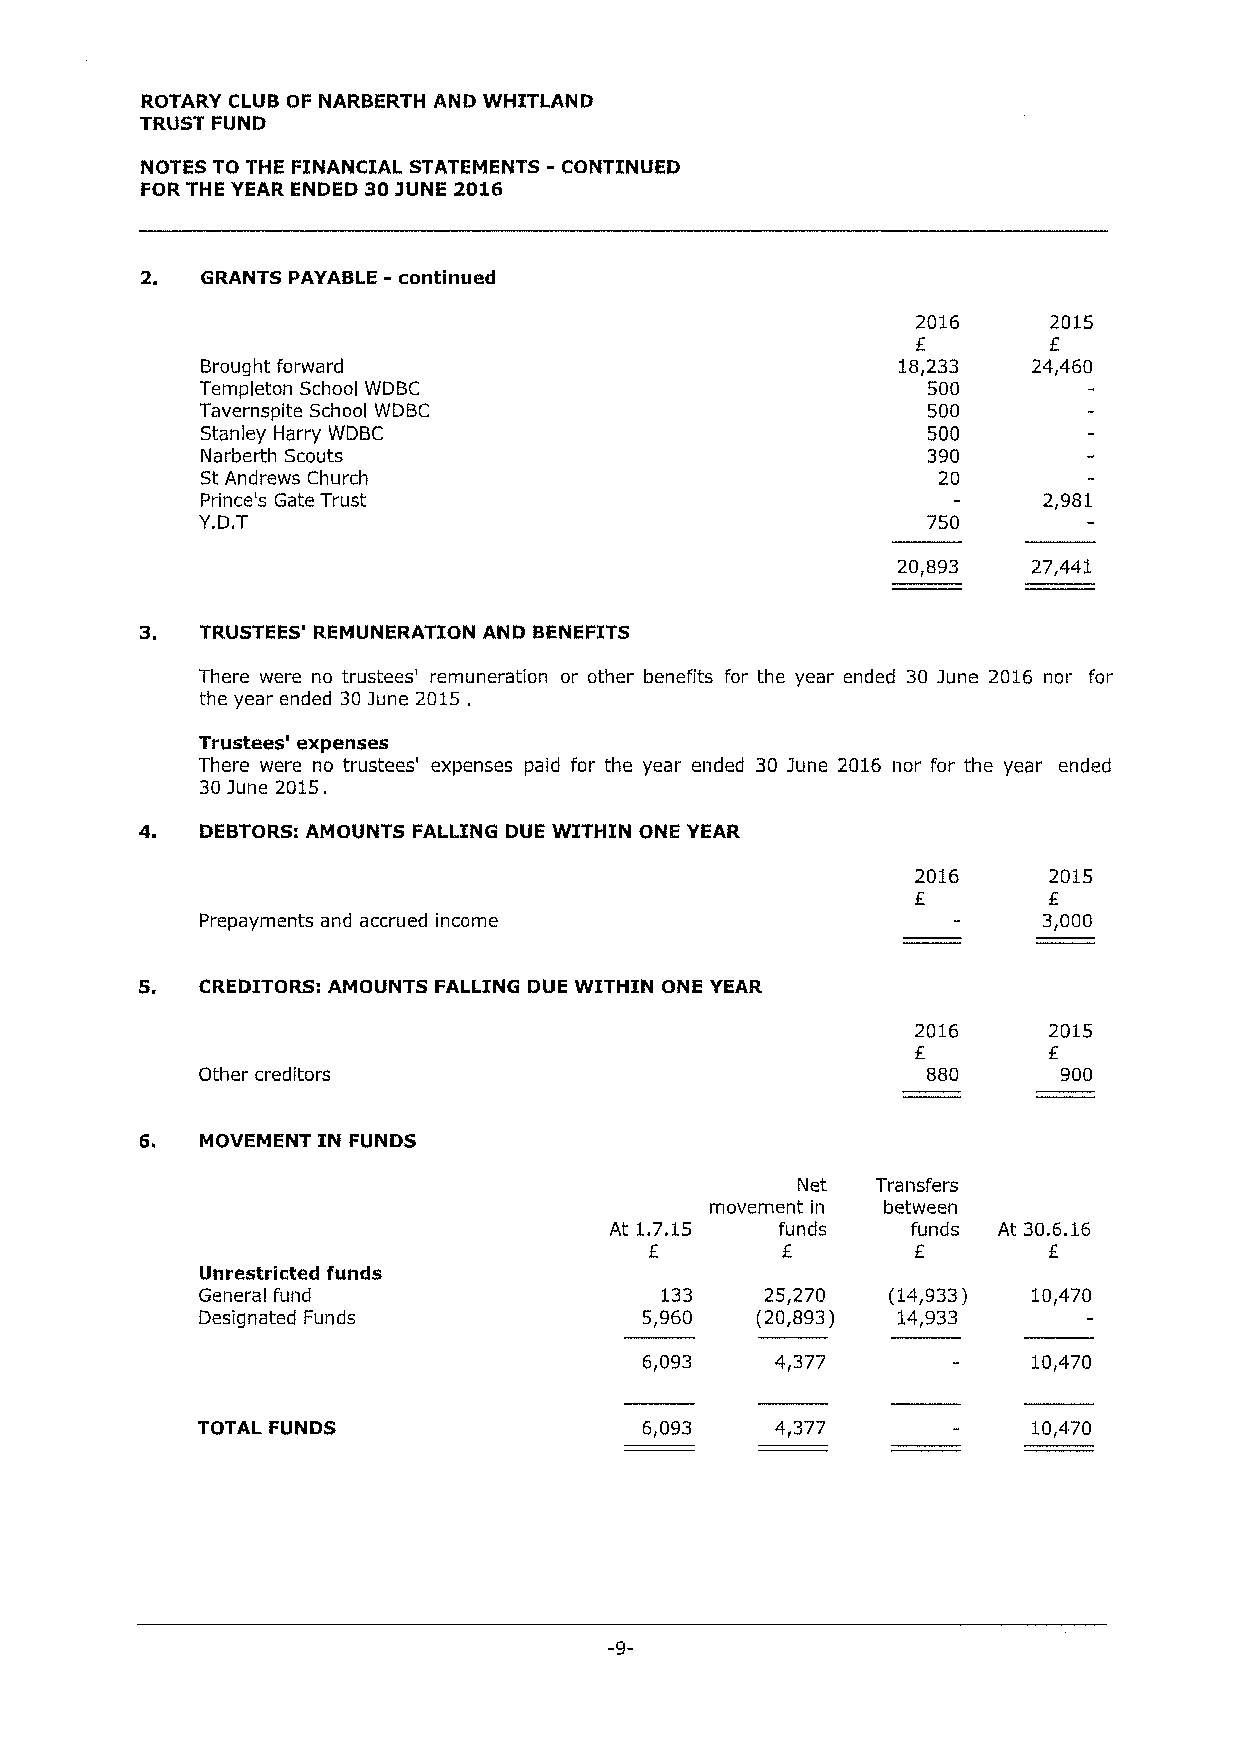
ROTARY CLUB OF NARBERTH AND WHITLAND
 TRUST FUND
 -
 NOTES TO THE FINANCIAL STATEMENTS CONTINUED
 FOR THE YEAR ENDED 303UNE 2016
 2.  GRANTS PAYABLE - continued
 2016     2015
 E       E
 Brought forward                               18,233   24,460
 Templeton School WDBC                           500
 Tavernspite School WDBC                         500
 Stanley Harry WDBC                              500
 Narberth Scouts                                 390
 St Andrews Church                                20
 Prince's Gate Trust                                     2,981
 Y.D.T                                           750
 20,893   27,441
 3.  TRUSTEES' REMUNERATION AND BENEFITS
 There were no trustees' remuneration or other benefits for the year ended 30 June 2016 nor for
 the year ended 30June 2015 .
 Trustees' expenses
 There were no trustees' expenses paid for the year ended 30 June 2016 nor for the year ended
 30June 2015.
 4.  DEBTORS:AMOUNTS FALLING DUE WITHIN ONE YEAR
 2016    2015
 E
 Prepayments and accrued income                          3,000
 5.  CREDITORS: AMOUNTS FALLING DUE WITHIN ONE YEAR
 2016    2015
 E.
 Other creditors                                 880      900
 6.  MOVEMENT IN FUNDS
 Net  Transfers
 movement in between
 At 1.7.15   funds   funds At 30.6.16
 f
 E
 Unrestricted funds
 General fund                   133    25,270  (14,933) 10,470
 Designated Funds              5,960  (20,893) 14,933
 6,093   4,377            10,470
 TOTAL FUNDS                   6,093   4,377            10,470